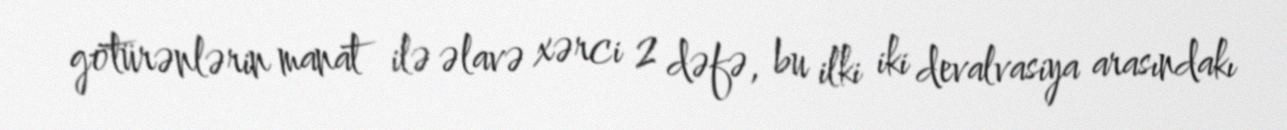
götürənlərin manat ilə əlavə xərci 2 dəfə, bu ilki iki devalvasiya arasındakı